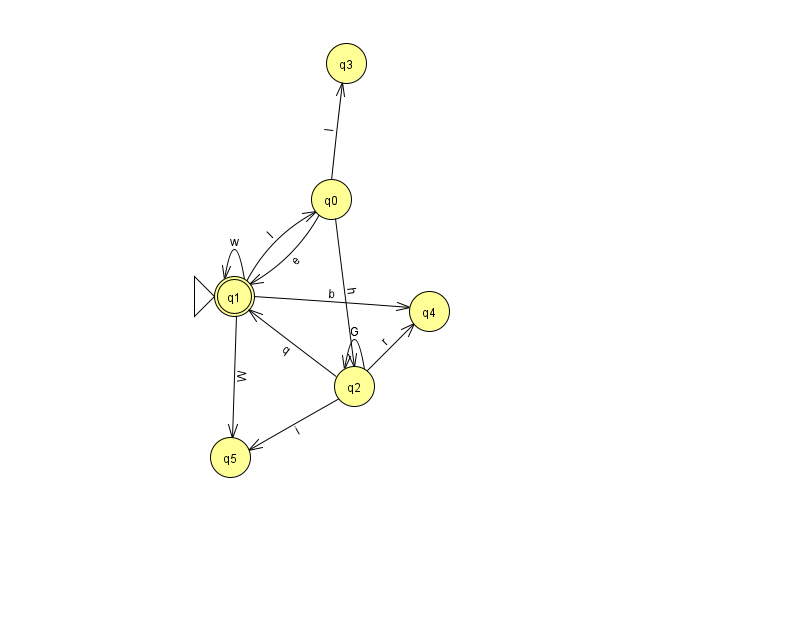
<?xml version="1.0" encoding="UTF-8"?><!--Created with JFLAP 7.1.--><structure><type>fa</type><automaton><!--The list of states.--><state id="0" name="q0"><x>331.0</x><y>186.0</y></state><state id="1" name="q1"><x>234.0</x><y>283.0</y><initial/><final/></state><state id="2" name="q2"><x>354.0</x><y>373.0</y></state><state id="3" name="q3"><x>346.0</x><y>50.0</y></state><state id="4" name="q4"><x>429.0</x><y>298.0</y></state><state id="5" name="q5"><x>230.0</x><y>444.0</y></state><!--The list of transitions.--><transition><from>2</from><to>5</to><read>i</read></transition><transition><from>0</from><to>1</to><read>e</read></transition><transition><from>2</from><to>1</to><read>q</read></transition><transition><from>1</from><to>1</to><read>w</read></transition><transition><from>2</from><to>2</to><read>G</read></transition><transition><from>1</from><to>5</to><read>W</read></transition><transition><from>0</from><to>2</to><read>h</read></transition><transition><from>1</from><to>0</to><read>l</read></transition><transition><from>1</from><to>4</to><read>b</read></transition><transition><from>0</from><to>3</to><read>I</read></transition><transition><from>2</from><to>4</to><read>r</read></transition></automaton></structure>